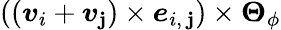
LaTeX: \left(\left(\boldsymbol{v}_{i}+\boldsymbol{v}_{\mathbf{j}}\right)\times\boldsymbol{e}_{i,\ \mathbf{j}}\right)\times\boldsymbol{\Theta}_{\phi}